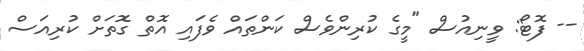
-- ފޮޓޯ: ވީނިއުސް "މީގެ ކުރިންވެސް ކަންތައް ވެފައި އޮތް ގޮތަށް ކުރިއަސް